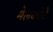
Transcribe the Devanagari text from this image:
मेलकोटे